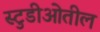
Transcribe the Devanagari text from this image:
स्टुडीओतील